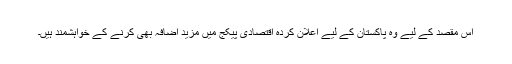
اس مقصد کے لیے وہ پاکستان کے لیے اعلان کردہ اقتصادی پیکج میں مزید اضافہ بھی کرنے کے خواہشمند ہیں۔